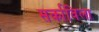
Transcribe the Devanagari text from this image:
सर्काविला